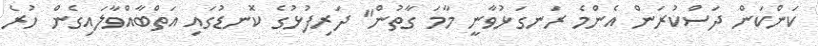
ކަންކަން ދަސްކުރަން އެންމެ ރަނގަޅުވާނީ މާމަ ގާތުން" ދަރިފުޅުގެ ކޮނޑުގައި އަތްބާއްވާލައިގެން ހުރެ